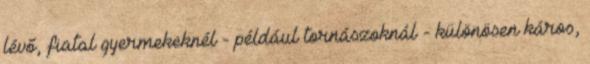
lévő, fiatal gyermekeknél - például tornászoknál - különösen káros,